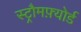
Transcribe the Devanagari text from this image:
स्ट्रौमफ़्योर्ड